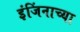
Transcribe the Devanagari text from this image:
इंजिंनाच्या